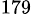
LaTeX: ^{179}